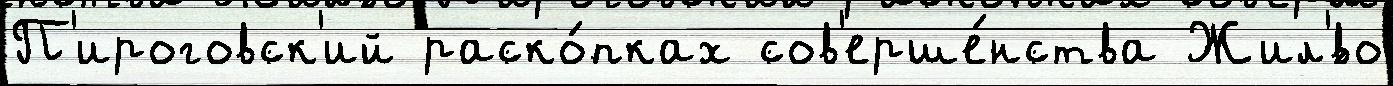
П'ироговск'ий раско́пках сов'ерше́нства Жил'́во